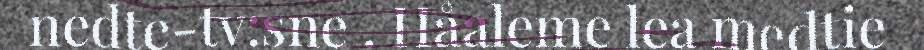
nedte-tv:sne . Håaleme lea medtie